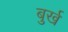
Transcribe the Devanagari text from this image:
बुर्ख